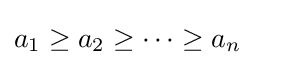
a_{1}\geq a_{2}\geq \cdots \geq a_{n}\quad